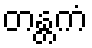
တန္တကံ